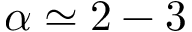
\alpha \simeq 2 - 3